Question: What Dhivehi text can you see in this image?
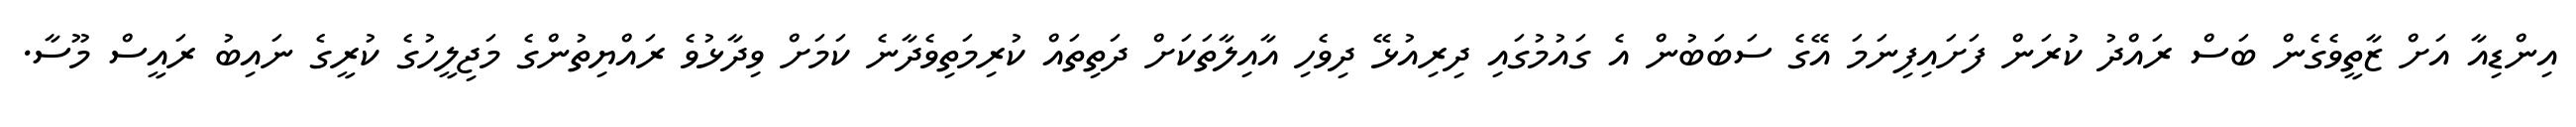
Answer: އިންޑިއާ އަށް ޒާތީވެގެން ބަސް ރައްދު ކުރަން ފަށައިފިނަމަ އޭގެ ސަބަބުން އެ ގައުމުގައި ދިރިއުޅޭ ދިވެހި އާއިލާތަކަށް ދަތިތައް ކުރިމަތިވެދާނެ ކަމަށް ވިދާޅުވެ ރައްޔިތުންގެ މަޖިލީހުގެ ކުރީގެ ނައިބު ރައީސް މޫސާ.